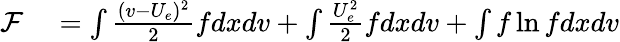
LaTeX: \begin{array}{rl}{\mathcal{F}}&{{}=\int\frac{(v-U_{e})^{2}}{2}fdxdv+\int\frac{U_{e}^{2}}{2}fdxdv+\int f\ln fdxdv}\end{array}